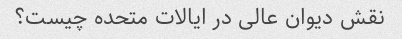
نقش دیوان عالی در ایالات متحده چیست؟